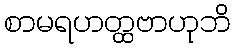
စာမရဟတ္ထဗာဟုဘိ